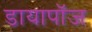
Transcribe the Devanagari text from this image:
डायापॉज